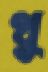
থু